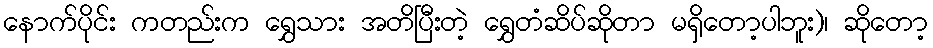
နောက်ပိုင်း ကတည်းက ရွှေသား အတိပြီးတဲ့ ရွှေတံဆိပ်ဆိုတာ မရှိတော့ပါဘူး)၊ ဆိုတော့